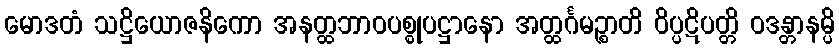
မောဒတံ သဋ္ဌိယောဇနိကော အနတ္ထဘာဝပစ္စုပဋ္ဌာနော အတ္ထင်္ဂမဉ္စာတိ ဝိပ္ပဋိပတ္တိ ဝဒန္တာနမ္ပိ